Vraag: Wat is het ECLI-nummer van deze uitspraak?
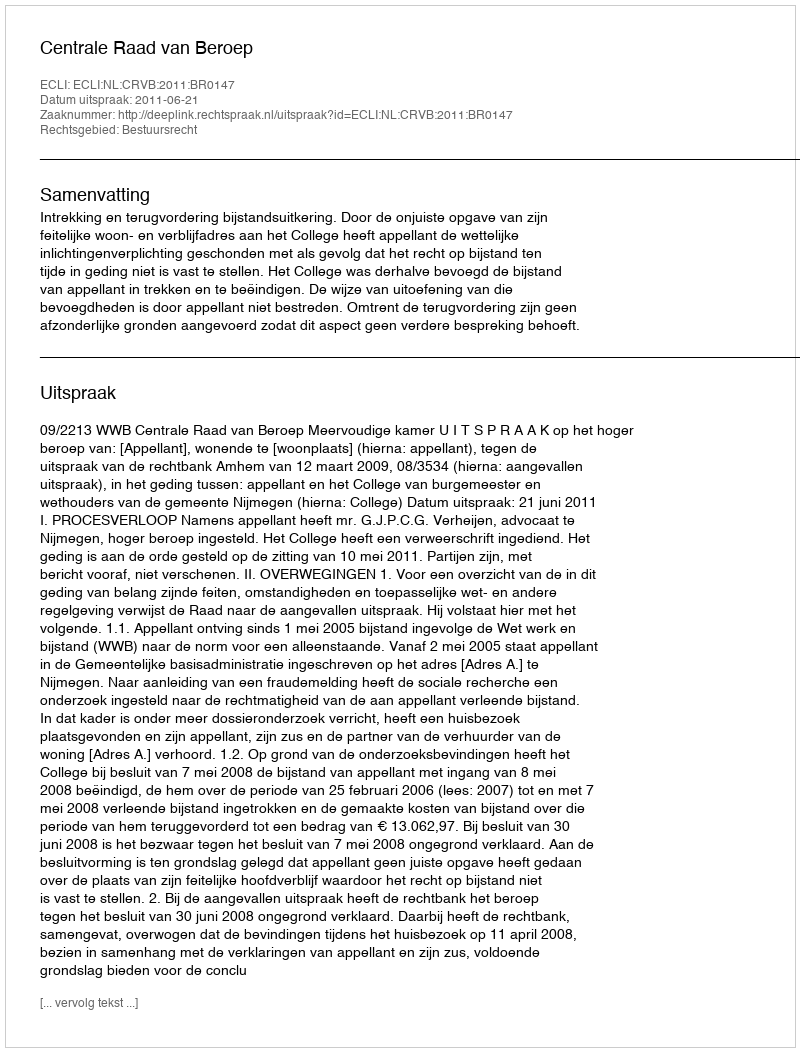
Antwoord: ECLI:NL:CRVB:2011:BR0147